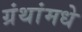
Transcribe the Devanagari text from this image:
ग्रंथांमधे